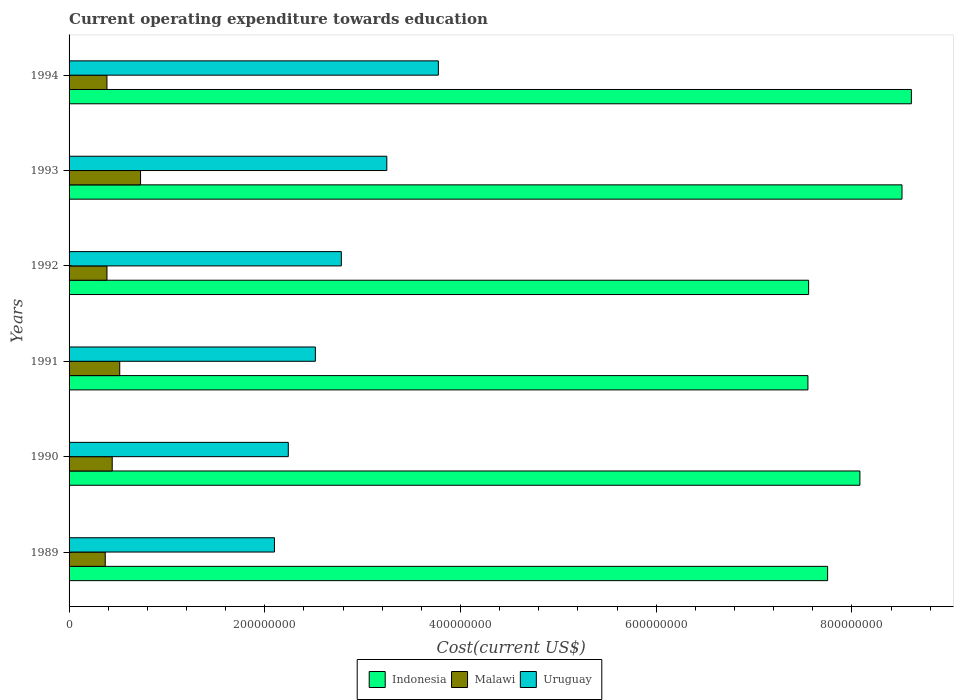
| Years | Indonesia | Malawi | Uruguay |
 | --- | --- | --- | --- |
 | 1989 | 7.75e+08 | 3.7e+07 | 2.1e+08 |
 | 1990 | 8.08e+08 | 4.41e+07 | 2.24e+08 |
 | 1991 | 7.55e+08 | 5.18e+07 | 2.52e+08 |
 | 1992 | 7.56e+08 | 3.87e+07 | 2.78e+08 |
 | 1993 | 8.51e+08 | 7.3e+07 | 3.25e+08 |
 | 1994 | 8.61e+08 | 3.87e+07 | 3.77e+08 |